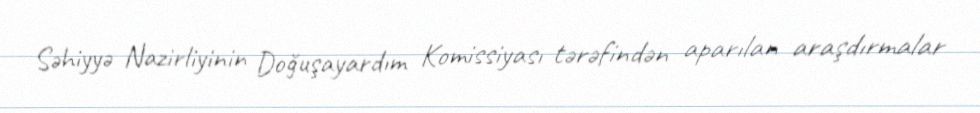
Səhiyyə Nazirliyinin Doğuşayardım Komissiyası tərəfindən aparılan araşdırmalar